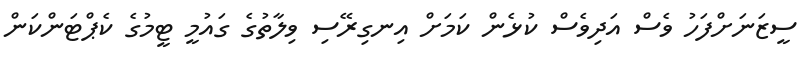
ސީޒަނަށްފަހު ވެސް އަދިވެސް ކުޅެން ކަމަށް އިނގިރޭސި ވިލާތުގެ ގައުމީ ޓީމުގެ ކެޕްޓަންކަން